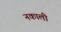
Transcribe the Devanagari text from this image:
नकाली